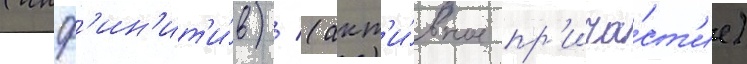
(инф'ин'ит'и́в) / (акт'и́вное пр'ича́ст'ие)